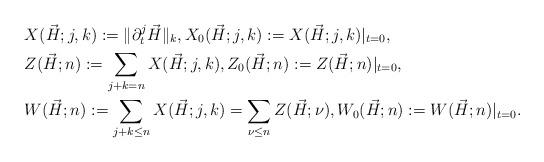
LaTeX: \begin{align*}&X(\vec{H};j,k):=\|\partial_t^j\vec{H}\|_k, X_0(\vec{H};j,k):=X(\vec{H};j,k)|_{t=0}, \\&Z(\vec{H};n):=\sum_{j+k=n}X(\vec{H};j,k), Z_0(\vec{H};n):=Z(\vec{H};n)|_{t=0}, \\&W(\vec{H}; n):=\sum_{j+k\leq n}X(\vec{H};j,k)=\sum_{\nu\leq n}Z(\vec{H};\nu), W_0(\vec{H};n):=W(\vec{H};n)|_{t=0}.\end{align*}